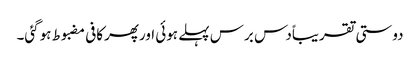
دوستی تقریباًدس برس پہلے ہوئی اورپھرکافی مضبوط ہوگئی۔